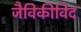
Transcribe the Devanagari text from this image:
जैविकीविद